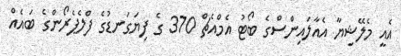
އެއީ މެލޭޝިޔާ އެއާލައިންސްގެ ބޯޓު އެމްއެޗް 370 ގެ ފިޔަގަނޑުގެ ފްލެޕެރޯންގެ ބައެއް